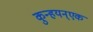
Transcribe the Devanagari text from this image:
कुन्हयन्एक